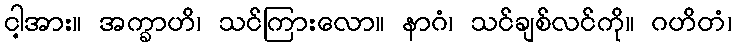
ငါ့အား။ အက္ခာဟိ၊ သင်ကြားလော။ နာဂံ၊ သင်ချစ်လင်ကို။ ဂဟိတံ၊